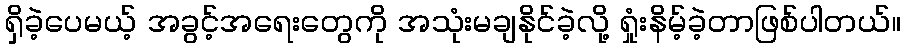
ရှိခဲ့ပေမယ့် အခွင့်အရေးတွေကို အသုံးမချနိုင်ခဲ့လို့ ရှုံးနိမ့်ခဲ့တာဖြစ်ပါတယ်။